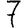
Digit: 7